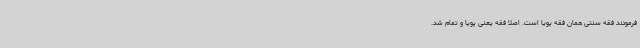
فرمودند فقه سنتی همان فقه پویا است. اصلا فقه یعنی پویا و تمام شد.